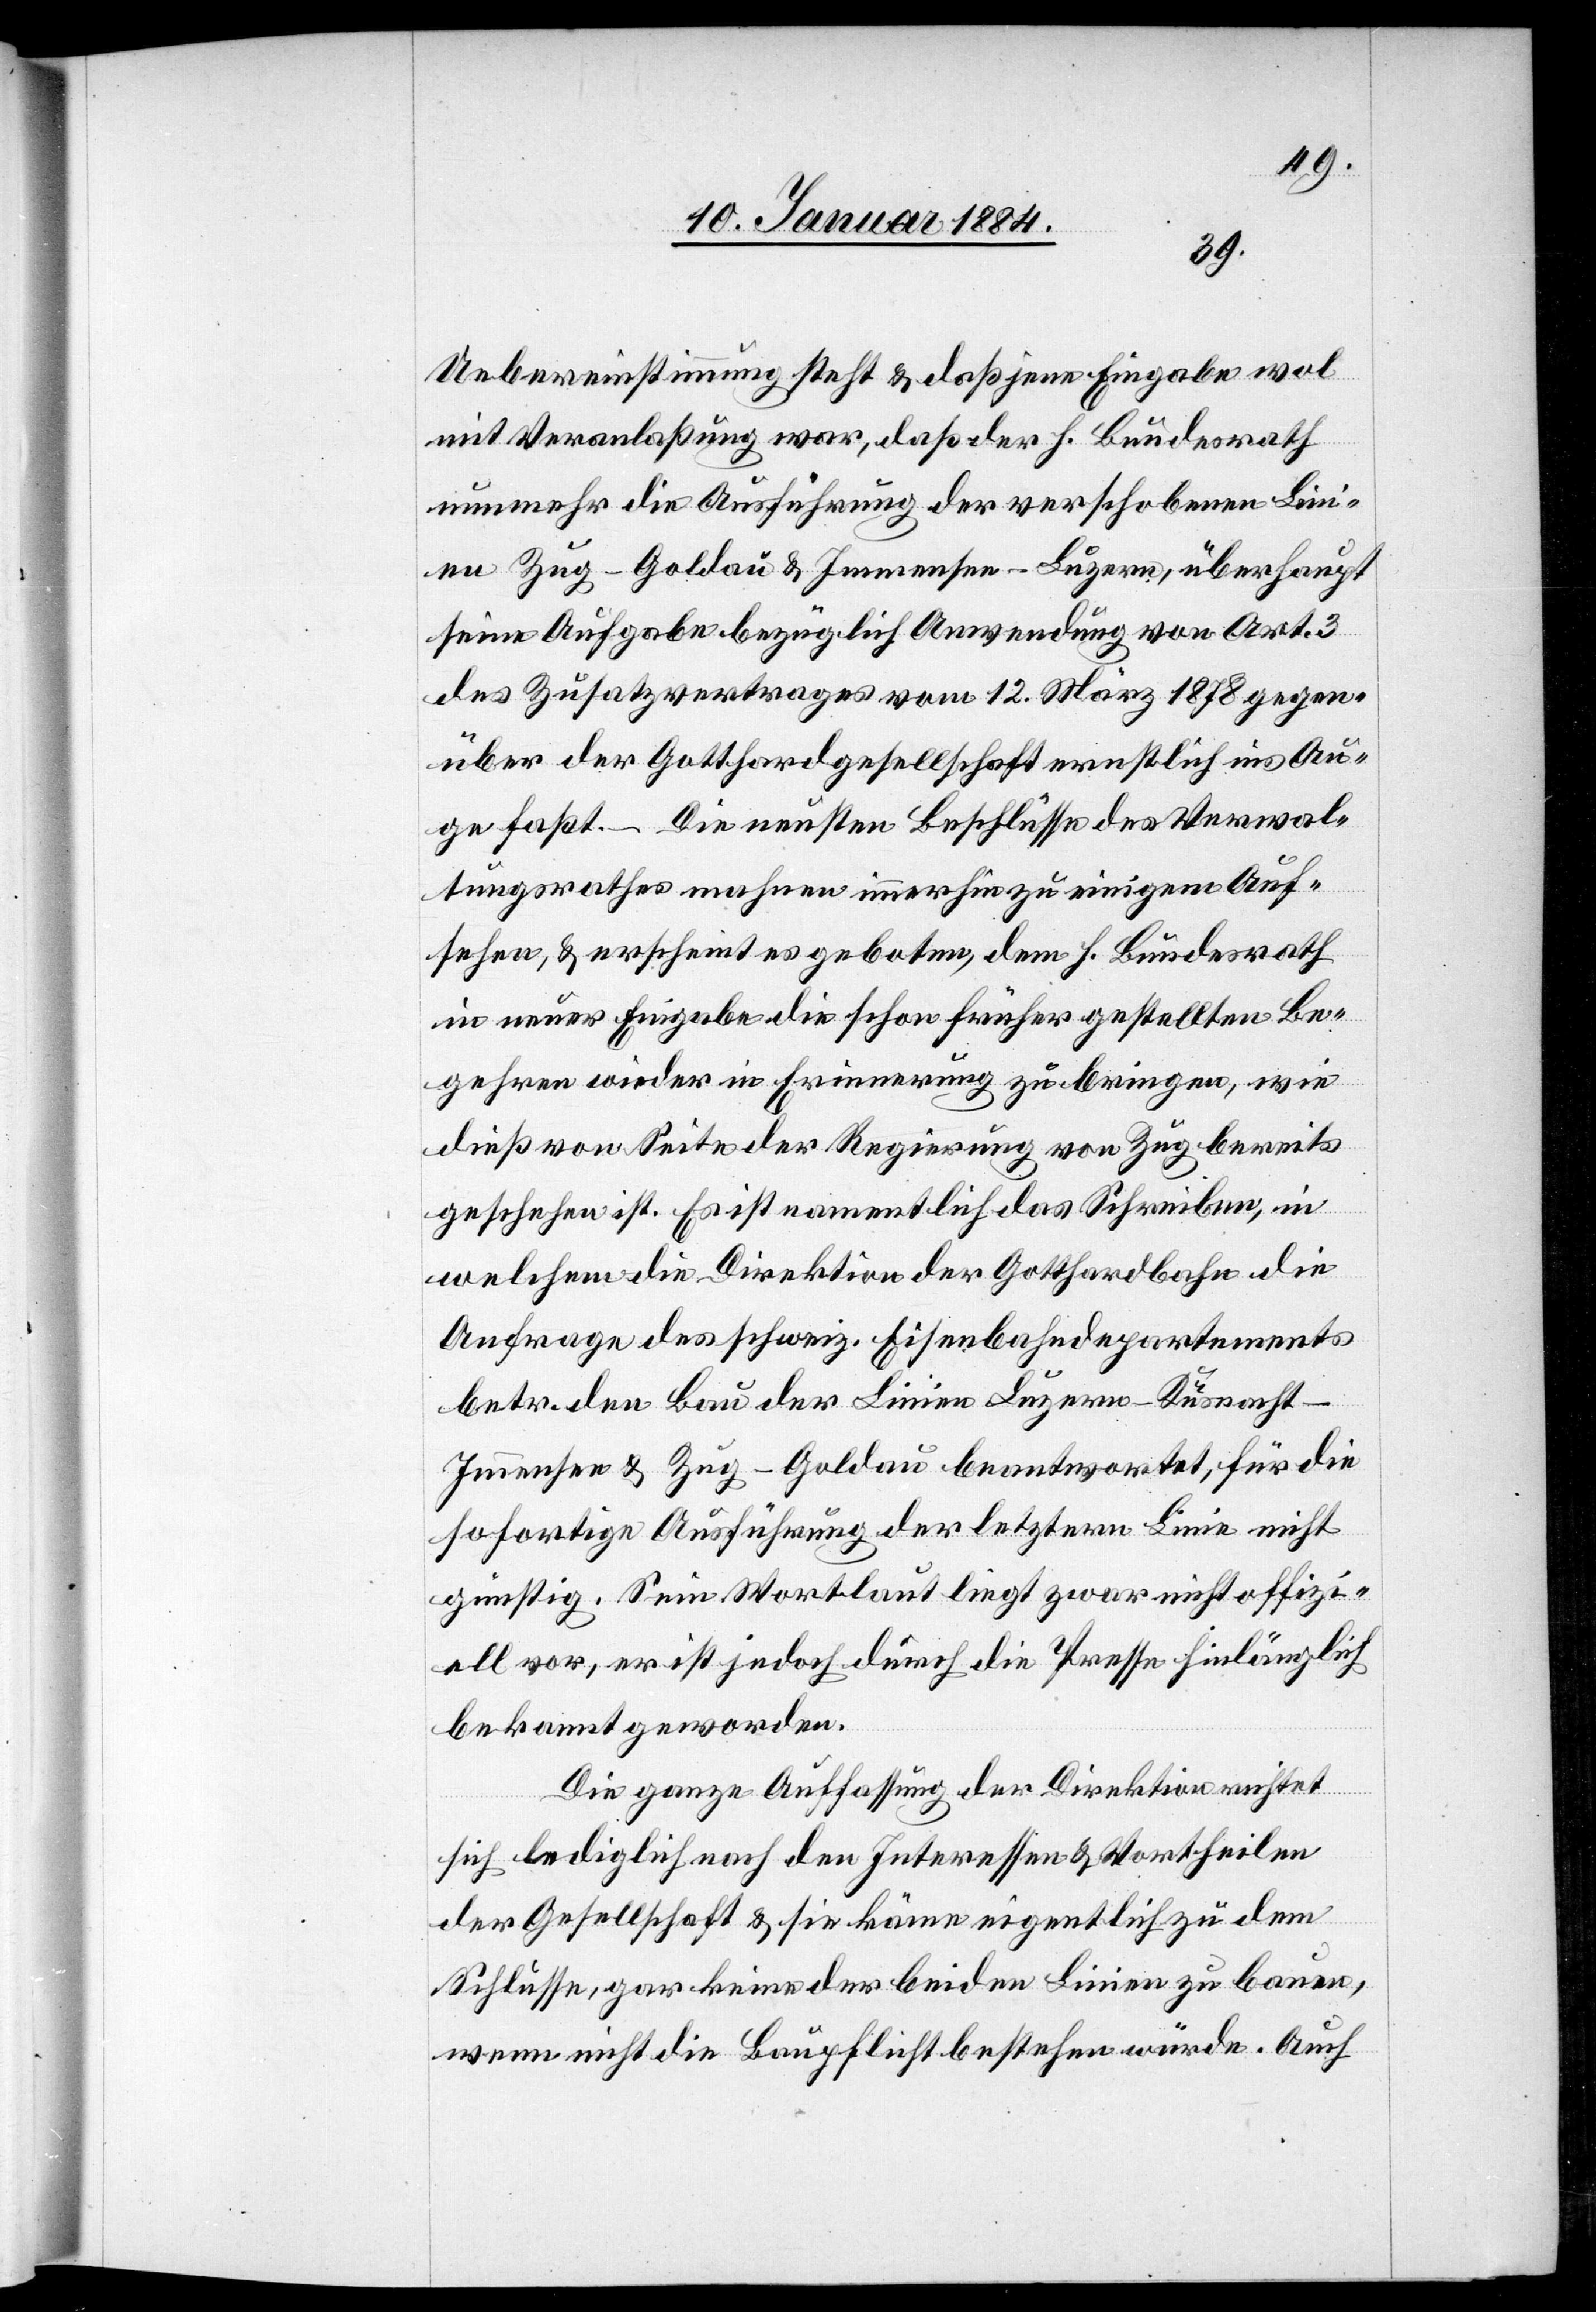
Uebereinstimmung steht & daß jene Eingabe wol
mit Veranlaßung war, daß der h. Bundesrath
nunmehr die Ausführung der verschobenen Lin¬
ie Zug–Goldau & Immensee–Luzern, überhaupt
seine Aufgabe bezüglich Anwendung von Art. 3
des Zusatzvertrages vom 12. März 1878 gegen¬
über der Gotthardgesellschaft ernstlich ins Au¬
ge faßt. – Die neusten Beschlüsse des Verwal¬
tungsrathes mahnen immerhin zu einigem Auf¬
sehen, & erscheint es geboten, dem h. Bundesrath
in neuer Eingabe die schon früher gestellte Be¬
gehren wieder in Erinnerung zu bringen, wie
dieß von Seite der Regierung von Zug bereits
geschehen ist. Es ist namentlich das Schreiben, in
welchem die Direktion der Gotthardbahn die
Anfrage des schweiz. Eisenbahndepartements
betr. dem Bau der Linie Luzern–Küsnacht–I¬
mmensee & Zug–Goldau beantwortet, für die
sofortige Ausführung der letztern Linie nicht
günstig. Sein Wortlaut liegt zwar nicht offizi¬
ell vor, er sei jedoch durch die Presse hinlänglich
bekannt geworden.
Die ganze Auffassung der Direktion richtet
sich lediglich nach den Interessen & Vortheilen
der Gesellschaft & sie käme eigentlich zu dem
Schlusse, gar keine der beiden Linien zu bauen,
wenn nicht die Baupflicht bestehen würde. Auch